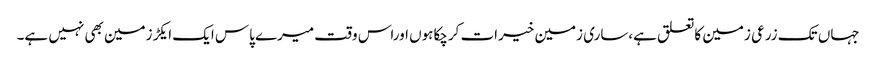
جہاں تک زرعی زمین کاتعلق ہے،ساری زمین خیرات کرچکاہوں اوراس وقت میرے پاس ایک ایکڑزمین بھی نہیں ہے۔